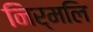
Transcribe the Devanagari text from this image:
निर्मलि